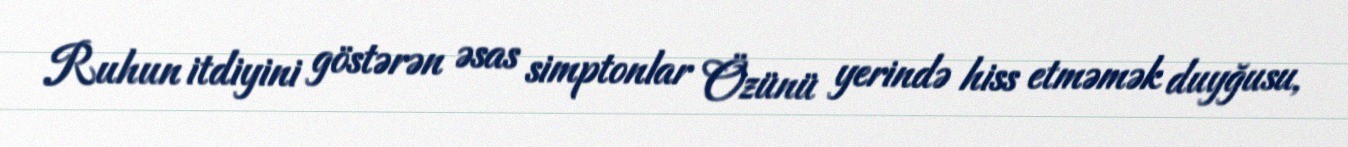
Ruhun itdiyini göstərən əsas simptonlar Özünü yerində hiss etməmək duyğusu,